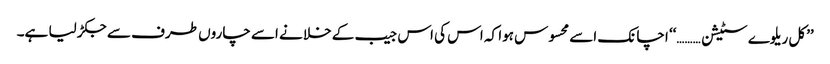
’’کل ریلوے سٹیشن ………‘‘ اچانک اسے محسوس ہوا کہ اس کی اس جیب کے خلا نے اسے چاروں طرف سے جکڑ لیا ہے۔